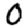
Digit: 0